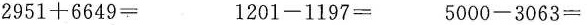
2951+6649= 1201-1197= 5000-3063=